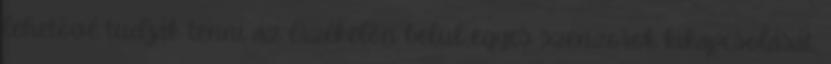
lehetõvé tudják tenni az érzékelõn belül egyes szenzorok kikapcsolását,